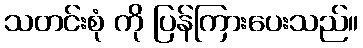
သတင်းစုံ ကို ပြန်ကြားပေးသည်။